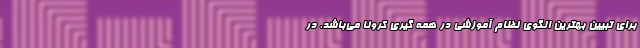
برای تبیین بهترین الگوی نظام آموزشی در همه گیری کرونا می‌باشد. در